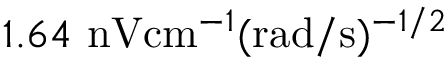
1 . 6 4 \ \mathrm { n V } \mathrm { c m } ^ { - 1 } ( \mathrm { r a d } / \mathrm { s } ) ^ { - 1 / 2 }